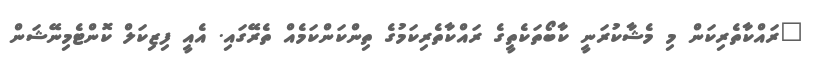
"ރައްކާތެރިކަން މި މެޝާކުރަނީ ކާބޯތަކެތީގެ ރައްކާތެރިކަމުގެ ތިންކަންކަމެއް ތެރޭގައި. އެއީ ފިޒިކަލް ކޮންޓެމިނޭޝަން